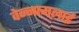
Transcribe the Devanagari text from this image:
वेन्नामलाई